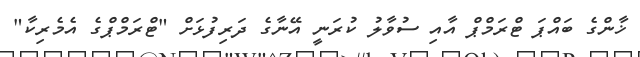
ޚާންގެ ބައްޕަ ޓްރަމްޕް އާއި ސުވާލު ކުރަނީ އޭނާގެ ދަރިފުޅަށް "ޓްރަމްޕްގެ އެމެރިކާ"